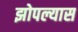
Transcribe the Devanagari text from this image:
झोपल्यास